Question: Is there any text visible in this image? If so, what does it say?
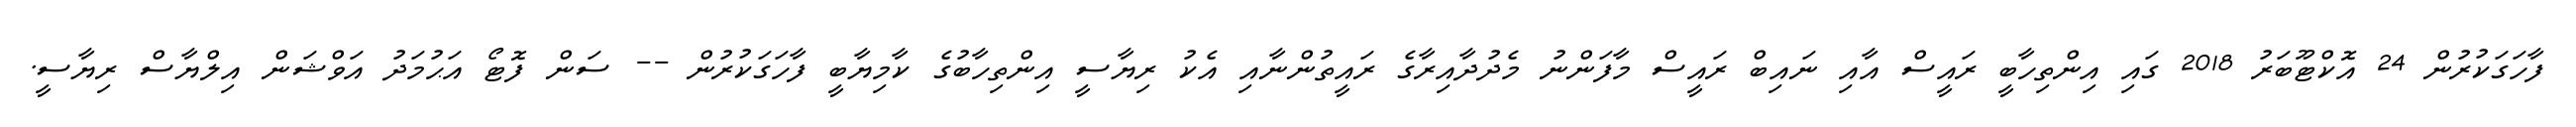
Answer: ފާހަގަކުރުން 24 އޮކްޓޫބަރު 2018 ގައި އިންތިހާބީ ރައީސް އާއި ނައިބް ރައީސް މާފަންނު މެދުދާއިރާގެ ރައީތުންނާއި އެކު ރިޔާސީ އިންތިހާބުގެ ކާމިޔާބީ ފާހަގަކުރުން -- ސަން ފޮޓޯ އަޙުމަދު އަވްޝަން އިލްޔާސް ރިޔާސީ.